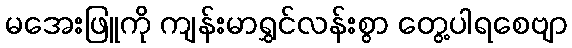
မအေးဖြူကို ကျန်းမာရွှင်လန်းစွာ တွေ့ပါရစေဗျာ